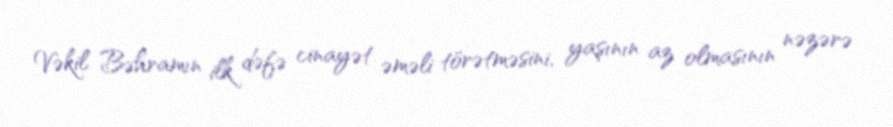
Vəkil Bəhramın ilk dəfə cinayət əməli törətməsini, yaşının az olmasının nəzərə